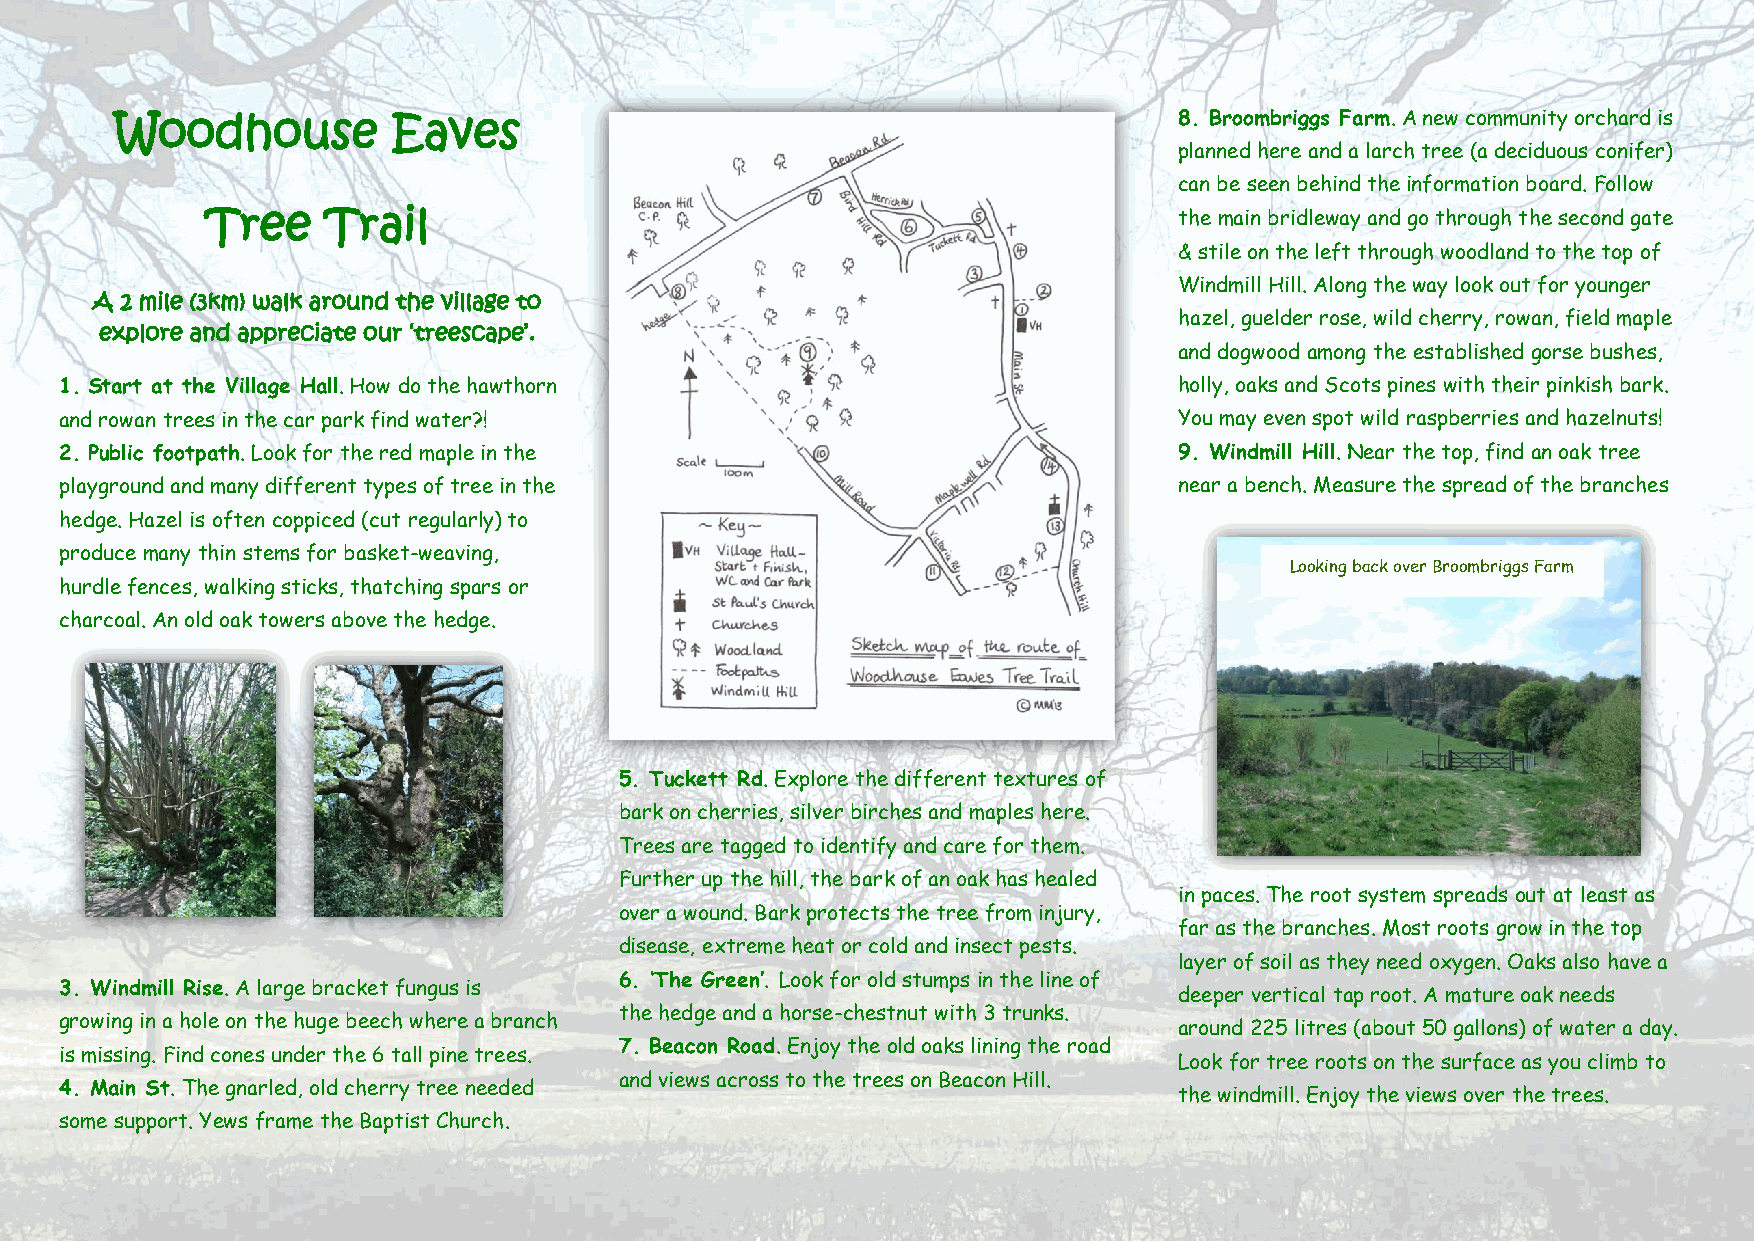
8. Broombriggs Farm. A new community orchard is
 Woodhouse         Eaves
 planned here and a larch tree (a deciduous conifer)
 can be seen behind the information board. Follow
 Tree   Trail                                                    the main bridleway and go through the second gate
 & stile on the left through woodland to the top of
 Windmill Hill. Along the way look out for younger
 A 2 mile (3km) walk around the village to
 hazel, guelder rose, wild cherry, rowan, field maple
 explore and appreciate our ‘treescape’.
 and dogwood among the established gorse bushes,
 1. Start at the Village Hall. How do the hawthorn                         holly, oaks and Scots pines with their pinkish bark.
 and rowan trees in the car park find water?!                              You may even spot wild raspberries and hazelnuts!
 2. Public footpath. Look for the red maple in the                         9. Windmill Hill. Near the top, find an oak tree
 playground and many different types of tree in the                        near a bench. Measure the spread of the branches
 hedge. Hazel is often coppiced (cut regularly) to
 produce many thin stems for basket-weaving,
 Looking back over Broombriggs Farm
 hurdle fences, walking sticks, thatching spars or
 charcoal. An old oak towers above the hedge.
 5. Tuckett Rd. Explore the different textures of
 bark on cherries, silver birches and maples here.
 Trees are tagged to identify and care for them.
 Further up the hill, the bark of an oak has healed
 in paces. The root system spreads out at least as
 over a wound. Bark protects the tree from injury,
 far as the branches. Most roots grow in the top
 disease, extreme heat or cold and insect pests.
 layer of soil as they need oxygen. Oaks also have a
 6. ‘The Green’. Look for old stumps in the line of
 3. Windmill Rise. A large bracket fungus is
 deeper vertical tap root. A mature oak needs
 the hedge and a horse-chestnut with 3 trunks.
 growing in a hole on the huge beech where a branch
 around 225 litres (about 50 gallons) of water a day.
 7. Beacon Road. Enjoy the old oaks lining the road
 is missing. Find cones under the 6 tall pine trees.
 Look for tree roots on the surface as you climb to
 and views across to the trees on Beacon Hill.
 4. Main St. The gnarled, old cherry tree needed
 the windmill. Enjoy the views over the trees.
 some support. Yews frame the Baptist Church.